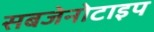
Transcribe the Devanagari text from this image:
सबजेनोटाइप